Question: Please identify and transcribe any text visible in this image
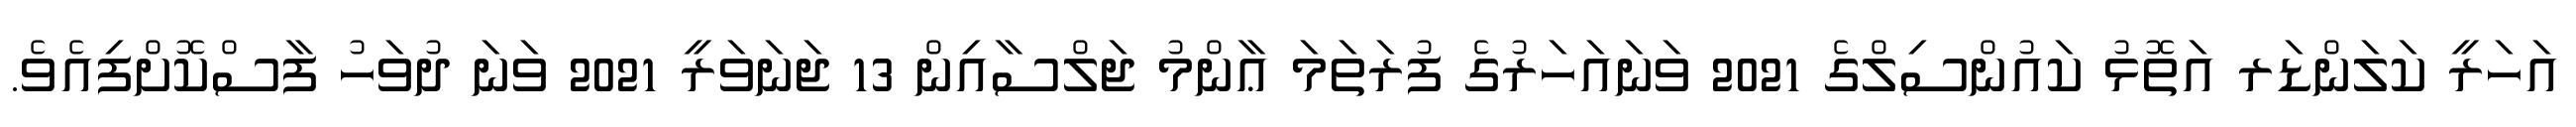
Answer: އަހަރީ ކަލަންޑަރ އަތޮޅު ކައުންސިލްގެ 2021 ވަނައަހަރުގެ ފުރަތަމަ ޢާންމު ޖަލްސާއިން 13 ޖަނަވަރީ 2021 ވަނަ ދުވަހު ފާސްކޮށްފިއެވެ.